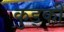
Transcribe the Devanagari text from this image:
कुड्की